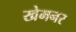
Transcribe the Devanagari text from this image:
खेमनर